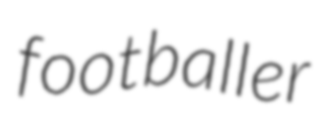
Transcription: footballer